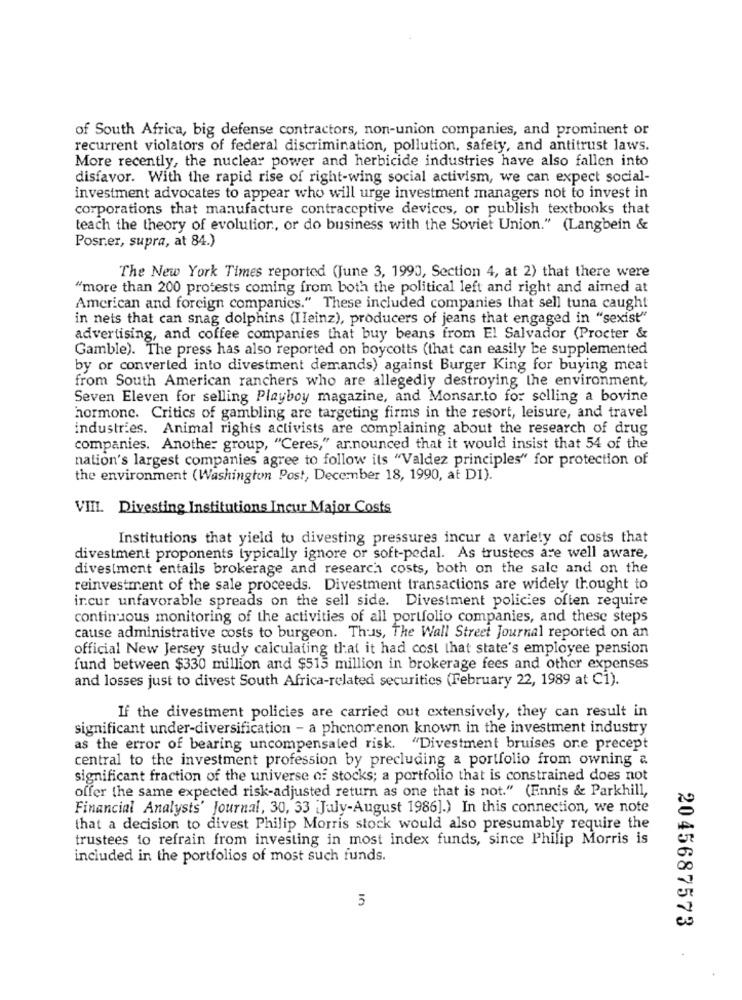
of South Africa, big defense contractors, non-union companies, and prominent or
recurrent violators of federal discrimination, pollution, safety, and antitrust laws.
More recently, the nuclear power and herbicide industries have also fallen into
disfavor. With the rapid rise of right-wing social activism, we can expect social-
investment advocates to appear who will urge investment managers not to invest in
corporations that manufacture contraceptive devices, or publish textbooks that
teach the theory of evolution, or do business with the Soviet Union." (Langbein &
Posner, supra, at 84.)
The New York Times reported (June 3, 1990, Section 4, at 2) that there were
"more than 200 protests coming from both the political left and right and aimed at
American and foreign companies." These included companies that sell tuna caught
in nets that can snag dolphins (Ileinz), producers of jeans that engaged in "sexist"
advertising, and coffee companies that buy beans from El Salvador (Procter &
Gamble). The press has also reported on boycotts (that can easily be supplemented
by or converted into divestment demands) against Burger King for buying meat
from South American ranchers who are allegedly destroying the environment,
Seven Eleven for selling Playboy magazine, and Monsar.to for selling a bovine
hormone. Critics of gambling are targeting firms in the resort, leisure, and travel
industries. Animal rights activists are complaining about the research of drug
companies. Another group, "Ceres," ar.nounced that it would insist that 54 of the
nation's largest companies agree to follow its "Valdez principles" for protection of
the environment (Washington Post, December 18, 1990, at D1)."
VIII. Divesting Institutions Incur Major Costs
Institutions that yield to divesting pressures incur a variety of costs that
divestment proponents typically ignore or soft-pedal. As trustees are well aware,
divestment entails brokerage and research costs, both on the sale and on the
reinvestment of the sale proceeds. Divestment transactions are widely thought to
ircur unfavorable spreads on the sell side. Divestment policies often require
continuous monitoring of the activities of all portfolio companies, and these steps
cause administrative costs to burgeon. Thus, The Wall Street Journal reported on an
official New Jersey study calculating that it had cost that state's employee pension
fund between $330 million and $515 million in brokerage fees and other expenses
and losses just to divest South Africa-related securities (February 22, 1989 at Ci).
If the divestment policies are carried out extensively, they can result in
significant under-diversification - a phenomenon known in the investment industry
as the error of bearing uncompensated risk. "Divestment bruises ore precept
central to the investment profession by precluding a portfolio from owning a
significant fraction of the universe of stocks; a portfolio that is constrained does not
offer the same expected risk-adjusted return as one that is not." (Ennis & Parkhill,
Financial Analysts' Journal, 30, 33 July-August 1986].) In this connection, we note
that a decision to divest Philip Morris stock would also presumably require the
trustees to refrain from investing in most index funds, since Philip Morris is
included in the portfolios of most such funds.
5
2045687573